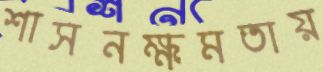
শাসনক্ষমতায়